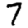
Digit: 7